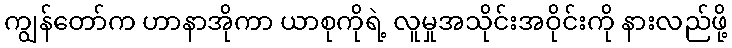
ကျွန်တော်က ဟာနာအိုကာ ယာစုကိုရဲ့ လူမှုအသိုင်းအဝိုင်းကို နားလည်ဖို့